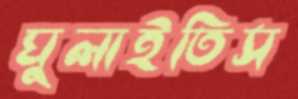
ঘুলাইতিস